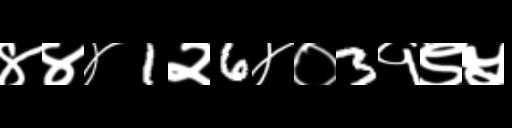
Text: ४४४1२6४०3१९५